Annual report of the Punjab Veterinary College and of the Civil Veterinary Department, Punjab - 1926-1932
Year: 1926
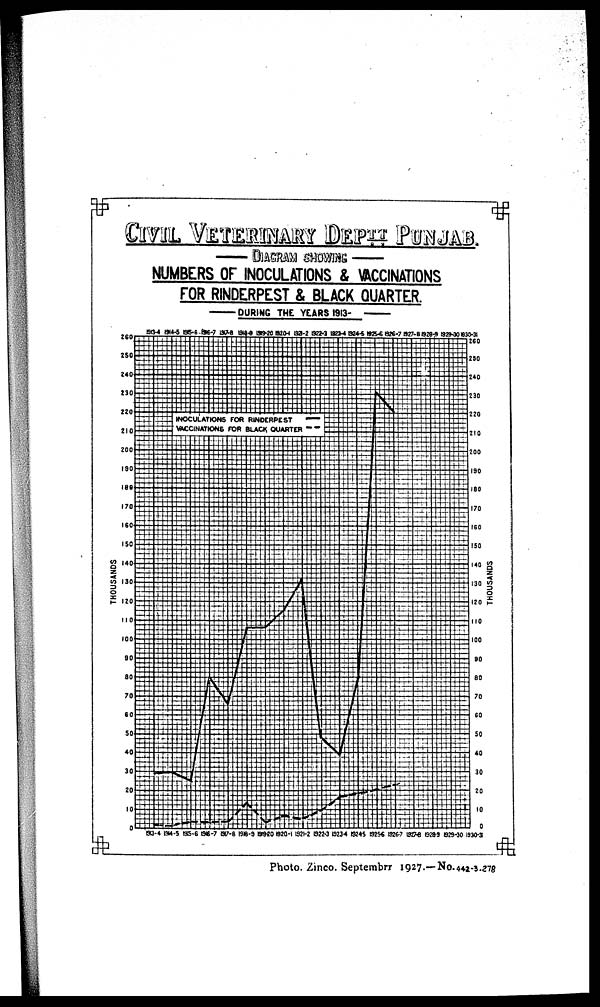
CIVIL VETERINARY DEPTT PUNJAB
DIAGRAM SHOWING
NUMBERS OF INOCULATIONS & VACCINATIONS
FOR RINDERPEST & BLACK QUARTER.
PURIHC THE YEARS 1913-
Photo. Zinco. September 1927.— No.442-3.278